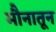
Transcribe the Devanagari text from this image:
मौनातून